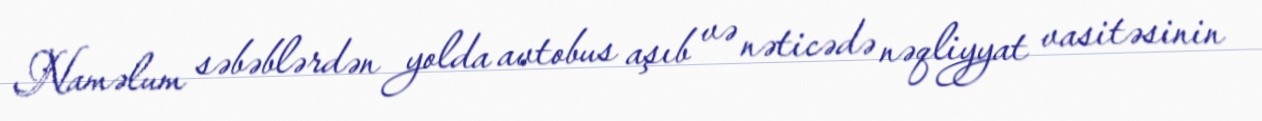
Naməlum səbəblərdən yolda avtobus aşıb və nəticədə nəqliyyat vasitəsinin